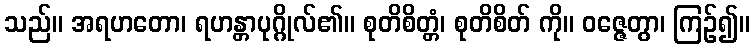
သည်။ အရဟတော၊ ရဟန္တာပုဂ္ဂိုလ်၏။ စုတိစိတ္တံ၊ စုတိစိတ် ကို။ ဝဇ္ဇေတွာ၊ ကြဉ်၍။